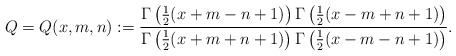
\begin{align*}Q=Q(x,m,n):=\frac{\Gamma\left(\frac 12(x+m-n+1)\right)\Gamma\left(\frac 12(x-m+n+1)\right)}{\Gamma\left(\frac 12(x+m+n+1)\right)\Gamma\left(\frac 12(x-m-n+1)\right)}.\end{align*}